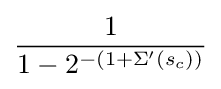
{\frac {1}{1-2^{-(1+\Sigma '(s_{c}))}}}